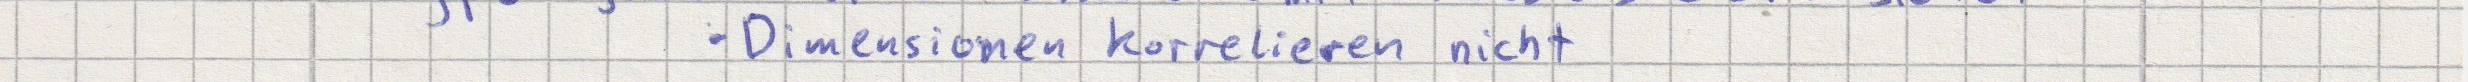
- Dimensionen korrelieren nicht